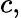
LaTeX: c,